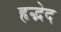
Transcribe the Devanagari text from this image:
हृद्भेद